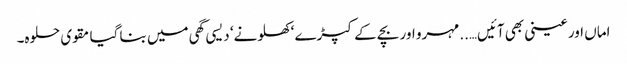
اماں اور عینی بھی آئیں…..مہرو اور بچے کے کپڑے ‘ کھلونے‘ دیسی گھی میں بنا گیا مقوی حلوہ۔